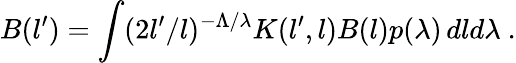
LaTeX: B(l^{\prime})=\int(2l^{\prime}/l)^{-\Lambda/\lambda}K(l^{\prime},l)B(l)p(\lambda)\, dld\lambda\ .